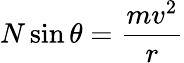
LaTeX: N\sin\theta={\frac{mv^{2}}{r}}